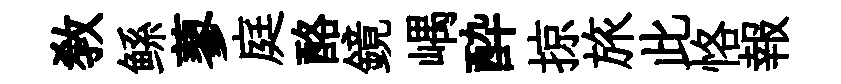
敎鲧蓼庭酪鏡嵎酔掠旅此恪報